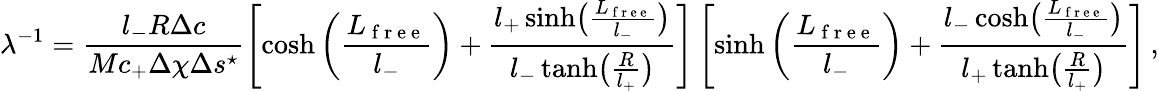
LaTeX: \lambda^{-1}=\frac{l_{-}R\Delta c}{Mc_{+}\Delta\chi\Delta s^{\star}}\left[\cosh\left(\frac{L_{\mathrm{~f~r~e~e~}}}{l_{-}}\right)+\frac{l_{+}\sinh\bigl(\frac{L_{\mathrm{~f~r~e~e~}}}{l_{-}}\bigr)}{l_{-}\operatorname{tanh}\bigl(\frac{R}{l_{+}}\bigr)}\right]\left[\sinh\left(\frac{L_{\mathrm{~f~r~e~e~}}}{l_{-}}\right)+\frac{l_{-}\cosh\bigl(\frac{L_{\mathrm{~f~r~e~e~}}}{l_{-}}\bigr)}{l_{+}\operatorname{tanh}\bigl(\frac{R}{l_{+}}\bigr)}\right]\, ,